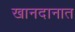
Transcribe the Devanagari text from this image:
खानदानात